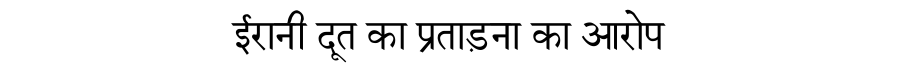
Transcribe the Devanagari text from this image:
ईरानी दूत का प्रताड़ना का आरोप